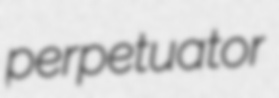
perpetuator